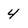
Character: 4